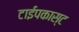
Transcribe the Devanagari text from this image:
टाईपकास्ट